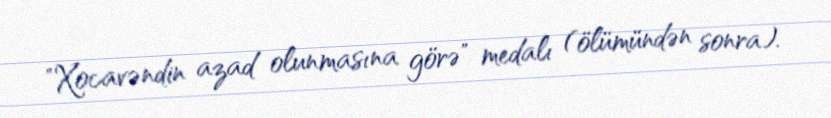
"Xocavəndin azad olunmasına görə" medalı (ölümündən sonra).